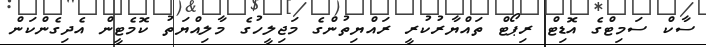
ސާކް ސަމިޓްގެ އޮޑިޓް ރިޕޯޓް ތައްޔާރުކުރީ ރައްޔިތުންގެ މަޖިލީހުގެ މާލިއްޔަތު ކޮމެޓީން އެދިގެންކަން